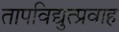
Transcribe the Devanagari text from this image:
तापविद्युत्प्रवाह